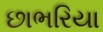
છાભરિયા